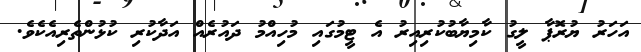
އަހަރު ޔުރޮޕާ ލީގު ކާމިޔާބުކުރިއިރު އެ ޓީމުގައި މުހިއްމު ދައުރެއް އަދާކުރި ކުޅުންތެރިއެކެވެ.